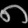
Digit: ၈